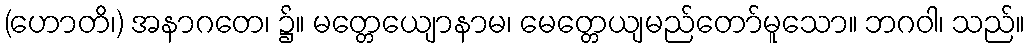
(ဟောတိ၊) အနာဂတေ၊ ၌။ မတ္တေယျောနာမ၊ မေတ္တေယျမည်တော်မူသော။ ဘဂဝါ၊ သည်။